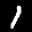
Label: 1